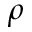
\rho